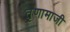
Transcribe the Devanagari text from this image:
तृणामाजी